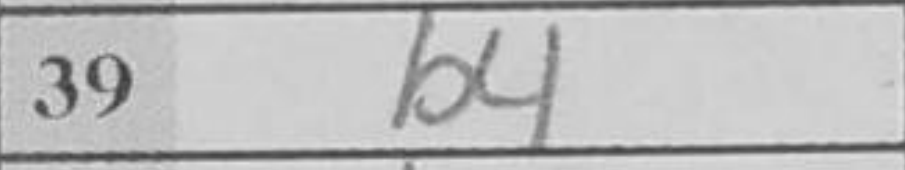
Transcription: b4